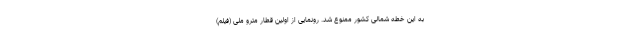
به این خطه شمالی کشور ممنوع شد. رونمایی از اولین قطار مترو ملی (فیلم)